NAE_ERA_R-2632_ENSV_TA_Emakeele_Selts_1945-1955, lk 97
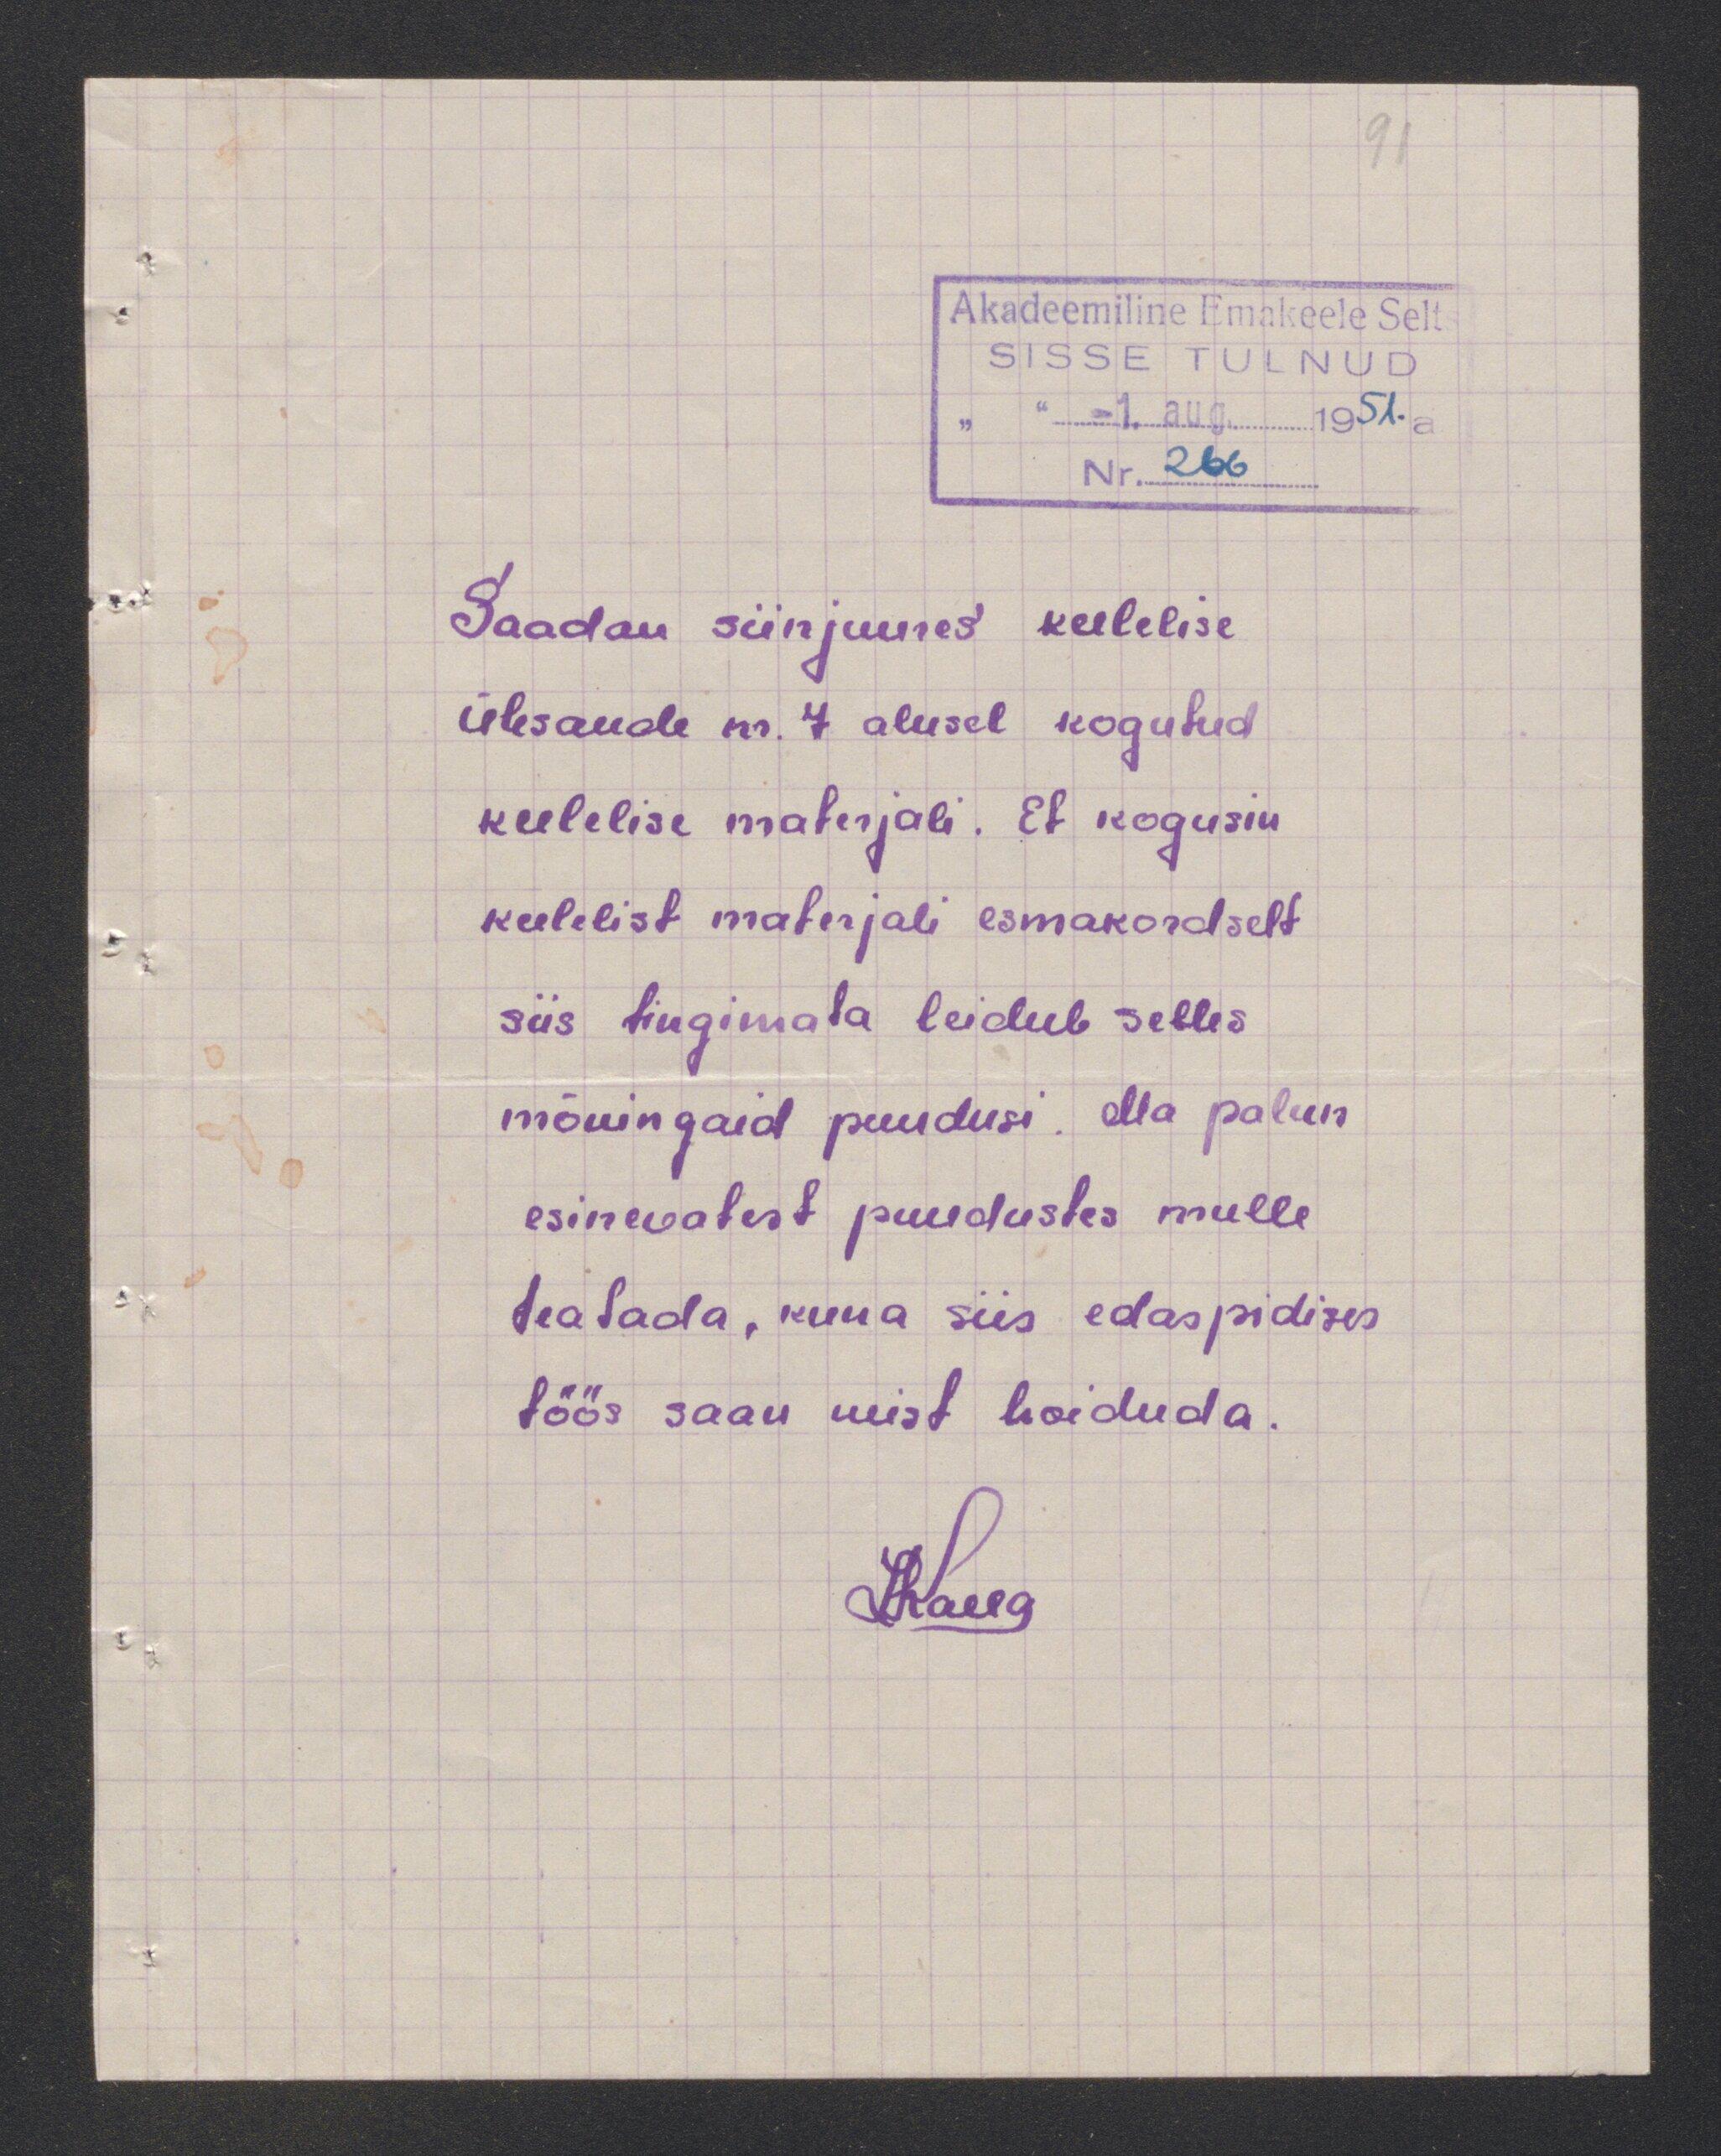
Saadan siinjuures keelelise
ülesande nr. 7 alusel kogutud
keelelise materjali. Et kogusin
keelelist materjali esmakordselt
siis tingimata leidub selles
mõningaid puudusi. Ma palun
esinevatest puudustes mulle
teatada, kuna siis edaspidises
töös saan neist hoiduda.